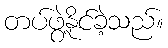
တပ်ဖွဲ့နိုင်ခဲ့သည်။